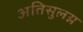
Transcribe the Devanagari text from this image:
अतिसुलग्न